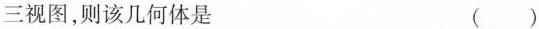
三视图，则该几何体是 ( )